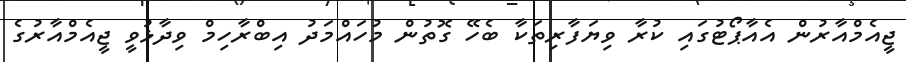
ޖީއެމްއާރުން އެއާޕޯޓުގައި ކުރާ ވިޔަފާރިތަކާ ބެހޭ ގޮތުން މުހައްމަދު އިބްރާހިމް ވިދާޅުވީ ޖީއެމްއާރުގެ